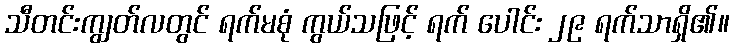
သီတင်းကျွတ်လတွင် ရက်မစုံ ကွယ်သဖြင့် ရက် ပေါင်း ၂၉ ရက်သာရှိ၏။